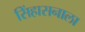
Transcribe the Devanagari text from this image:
सिंहासनाला